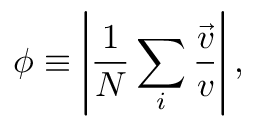
\phi \equiv \left| \frac { 1 } { N } \sum _ { i } \frac { \vec { v } } { v } \right| ,